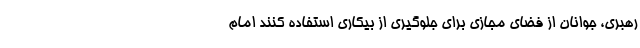
رهبری، جوانان از فضای مجازی برای جلوگیری از بیکاری استفاده کنند امام